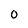
Character: 0